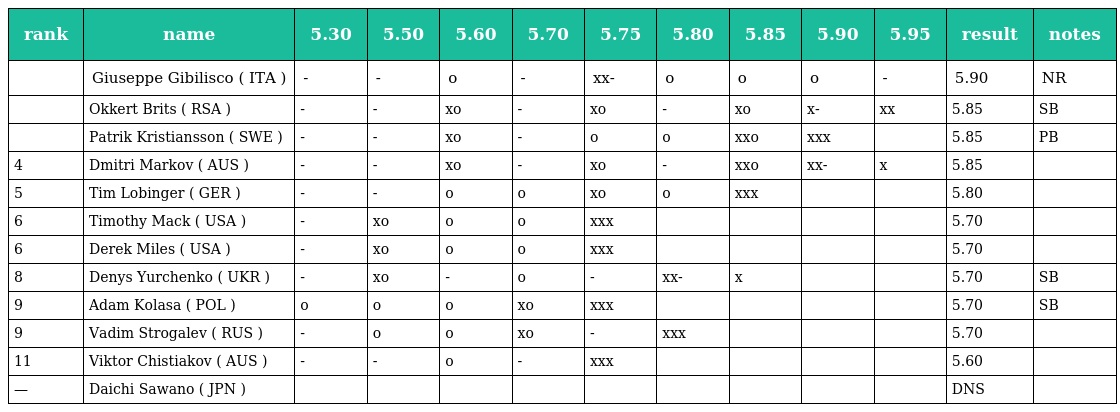
| rank | name | 5.30 | 5.50 | 5.60 | 5.70 | 5.75 | 5.80 | 5.85 | 5.90 | 5.95 | result | notes |
 | --- | --- | --- | --- | --- | --- | --- | --- | --- | --- | --- | --- | --- |
 |  | Giuseppe Gibilisco ( ITA ) | - | - | o | - | xx- | o | o | o | - | 5.90 | NR |
 |  | Okkert Brits ( RSA ) | - | - | xo | - | xo | - | xo | x- | xx | 5.85 | SB |
 |  | Patrik Kristiansson ( SWE ) | - | - | xo | - | o | o | xxo | xxx |  | 5.85 | PB |
 | 4 | Dmitri Markov ( AUS ) | - | - | xo | - | xo | - | xxo | xx- | x | 5.85 |  |
 | 5 | Tim Lobinger ( GER ) | - | - | o | o | xo | o | xxx |  |  | 5.80 |  |
 | 6 | Timothy Mack ( USA ) | - | xo | o | o | xxx |  |  |  |  | 5.70 |  |
 | 6 | Derek Miles ( USA ) | - | xo | o | o | xxx |  |  |  |  | 5.70 |  |
 | 8 | Denys Yurchenko ( UKR ) | - | xo | - | o | - | xx- | x |  |  | 5.70 | SB |
 | 9 | Adam Kolasa ( POL ) | o | o | o | xo | xxx |  |  |  |  | 5.70 | SB |
 | 9 | Vadim Strogalev ( RUS ) | - | o | o | xo | - | xxx |  |  |  | 5.70 |  |
 | 11 | Viktor Chistiakov ( AUS ) | - | - | o | - | xxx |  |  |  |  | 5.60 |  |
 | — | Daichi Sawano ( JPN ) |  |  |  |  |  |  |  |  |  | DNS |  |